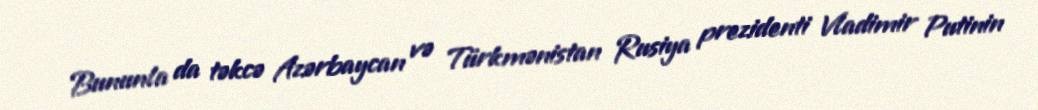
Bununla da təkcə Azərbaycan və Türkmənistan Rusiya prezidenti Vladimir Putinin